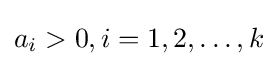
a_{i}>0,i=1,2,\ldots ,k